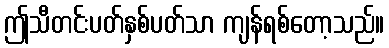
ဤသီတင်းပတ်နှစ်ပတ်သာ ကျန်ရစ်တော့သည်။